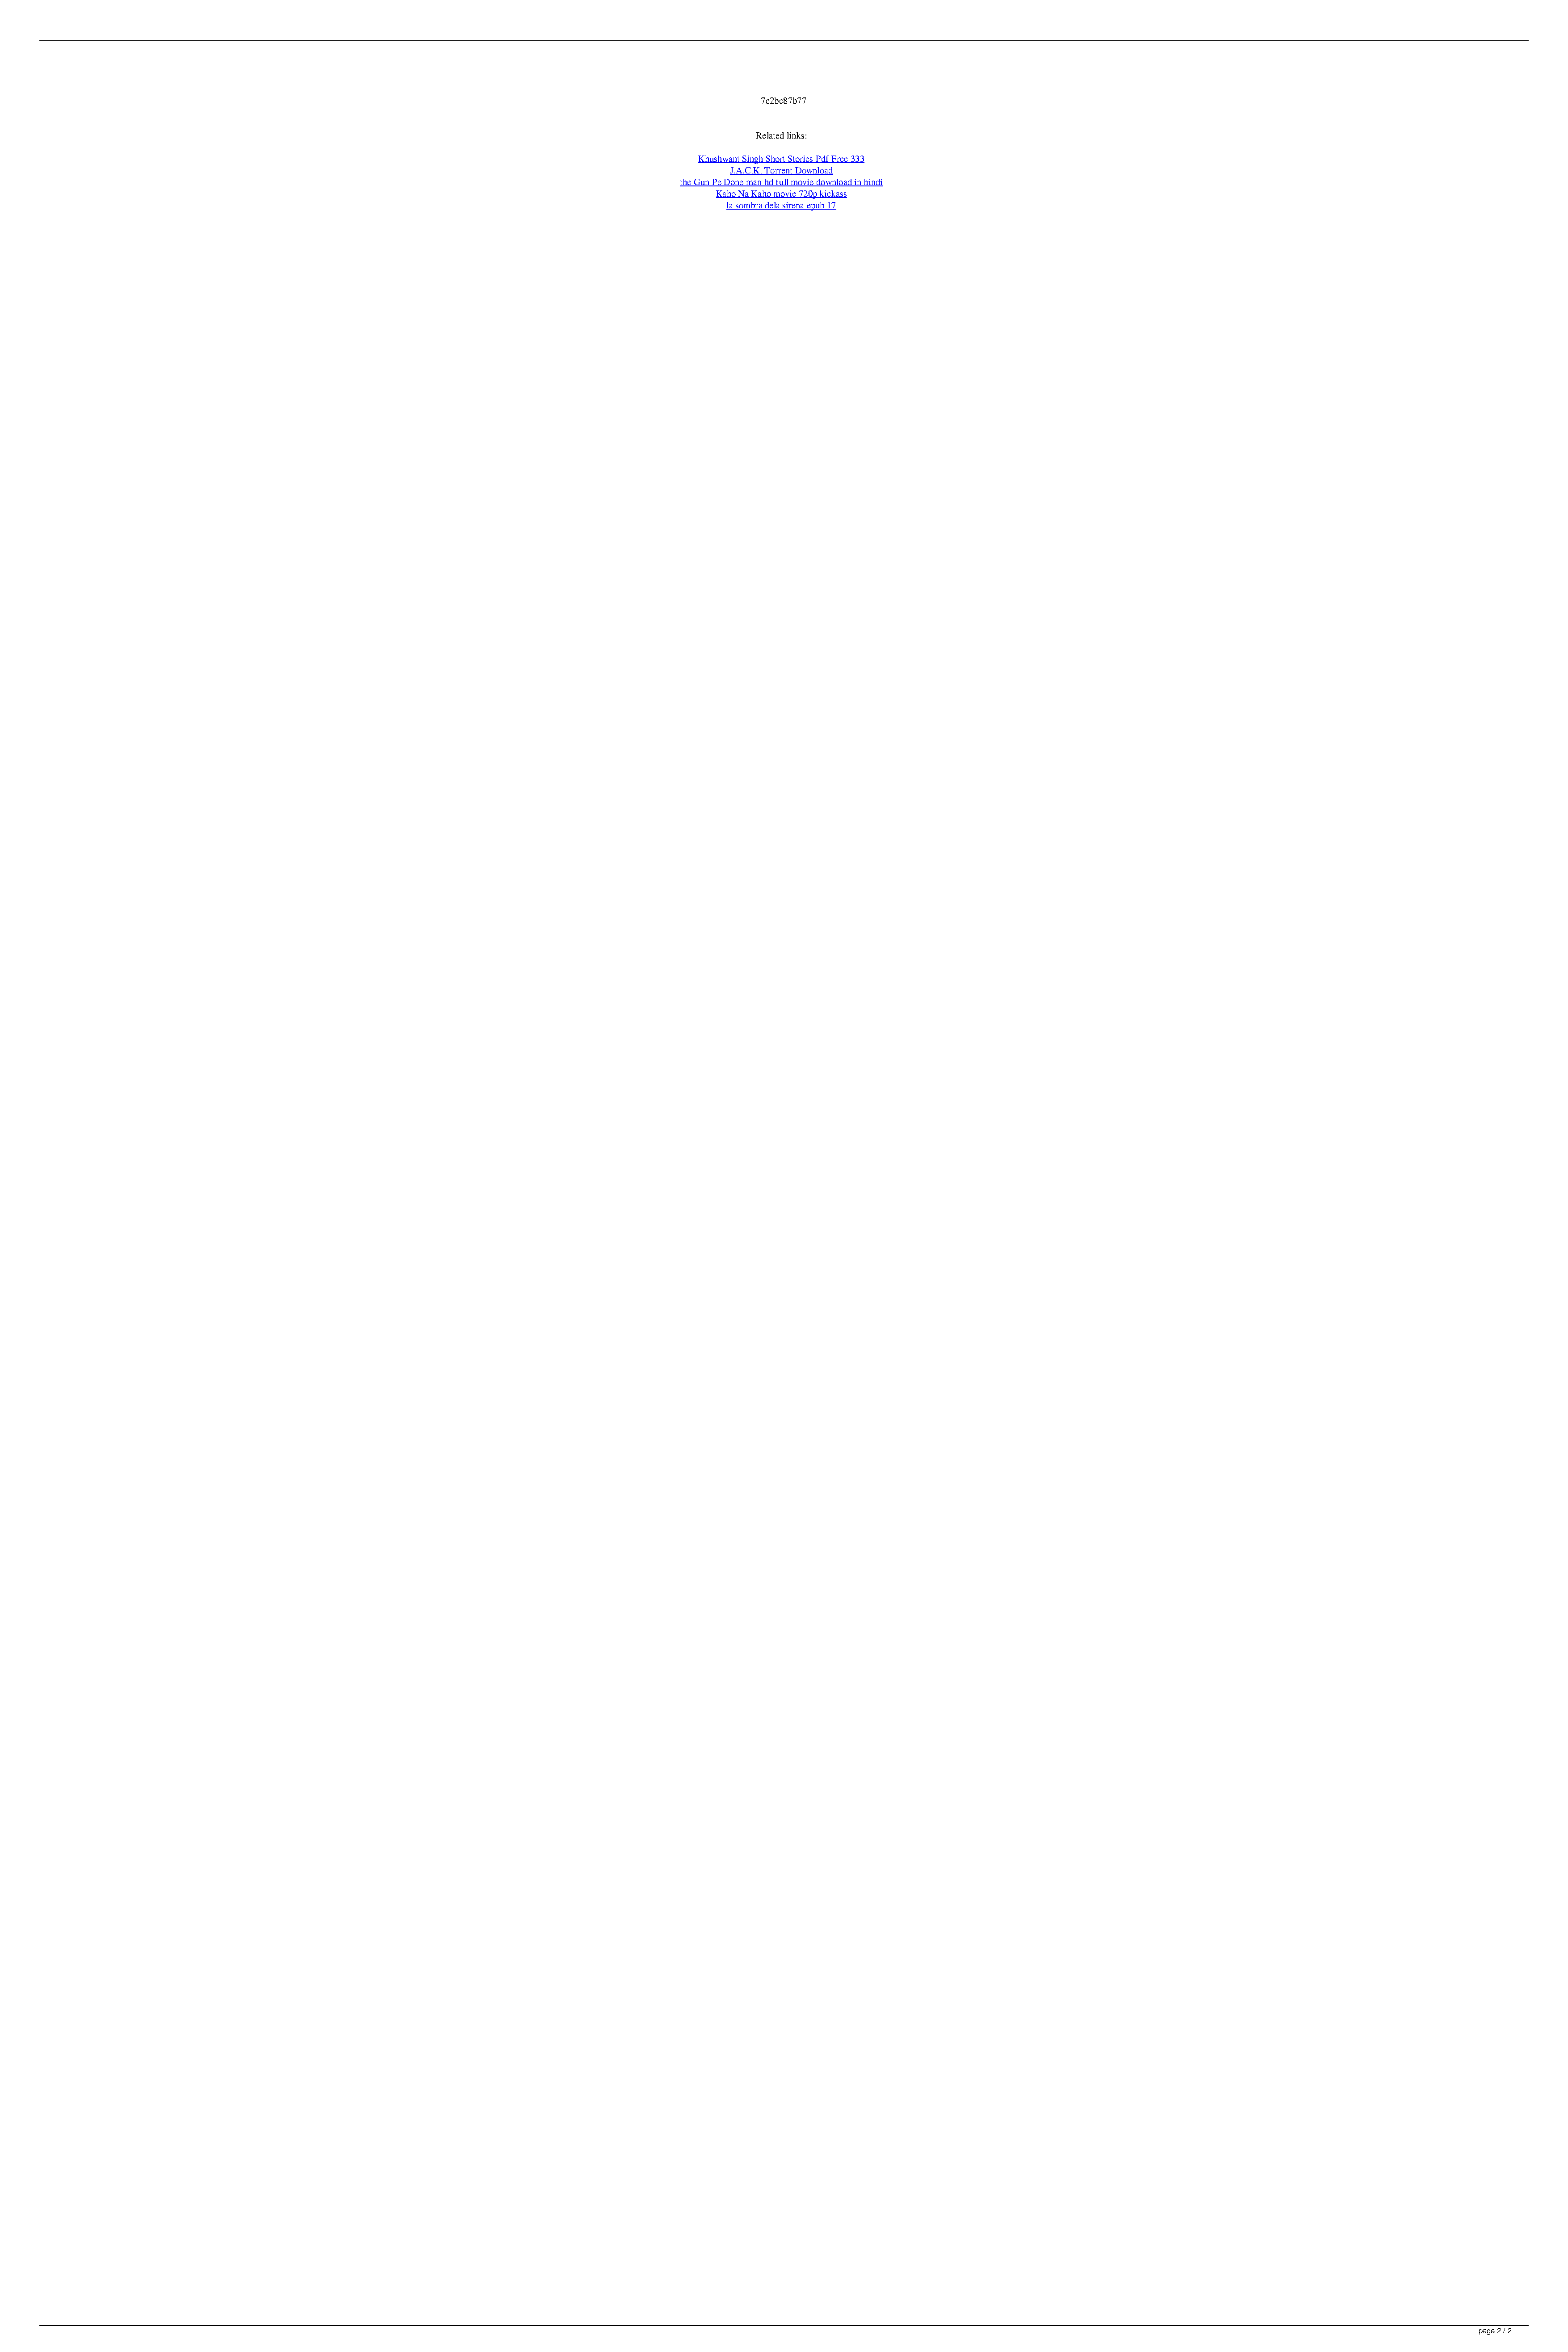
7c2bc87b77
 Related links:
 Khushwant Singh Short Stories Pdf Free 333
 J.A.C.K. Torrent Download
 the Gun Pe Done man hd full movie download in hindi
 Kaho Na Kaho movie 720p kickass
 la sombra dela sirena epub 17
 page 2 / 2
 ConvertX Latest Torrent Serial Rar